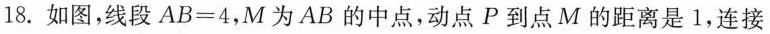
18.如图，线段 $$A B = 4$$，M为AB的中点，动点P到点M的距离是1，连接